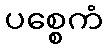
ပစ္စေကံ